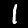
Digit: 1